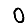
Digit: 0